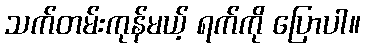
သက်တမ်းကုန်မယ့် ရက်ကို ပြောပါ။